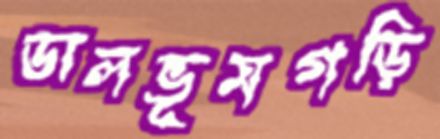
ডালভূমগড়ি